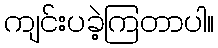
ကျင်းပခဲ့ကြတာပါ။